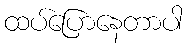
ထပ်ပြောနေတာပါ